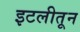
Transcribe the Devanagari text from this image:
इटलीतून